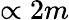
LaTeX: \propto 2m